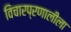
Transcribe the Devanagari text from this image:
विचारप्रणालीला